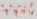
Text: +40V